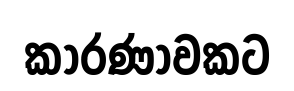
කාරණාවකට